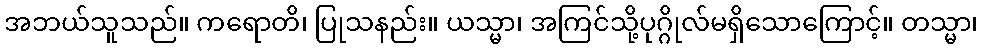
အဘယ်သူသည်။ ကရောတိ၊ ပြုသနည်း။ ယသ္မာ၊ အကြင်သို့ပုဂ္ဂိုလ်မရှိသောကြောင့်။ တသ္မာ၊